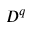
D ^ { q }